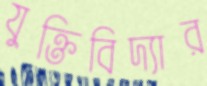
যুক্তিবিদ্যার